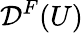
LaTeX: {\mathcal{D}}^{F}(U)